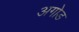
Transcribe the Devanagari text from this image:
अगोड